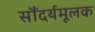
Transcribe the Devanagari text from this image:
सौंदर्यमूलक